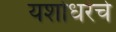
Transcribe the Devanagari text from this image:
यशोधरेचे